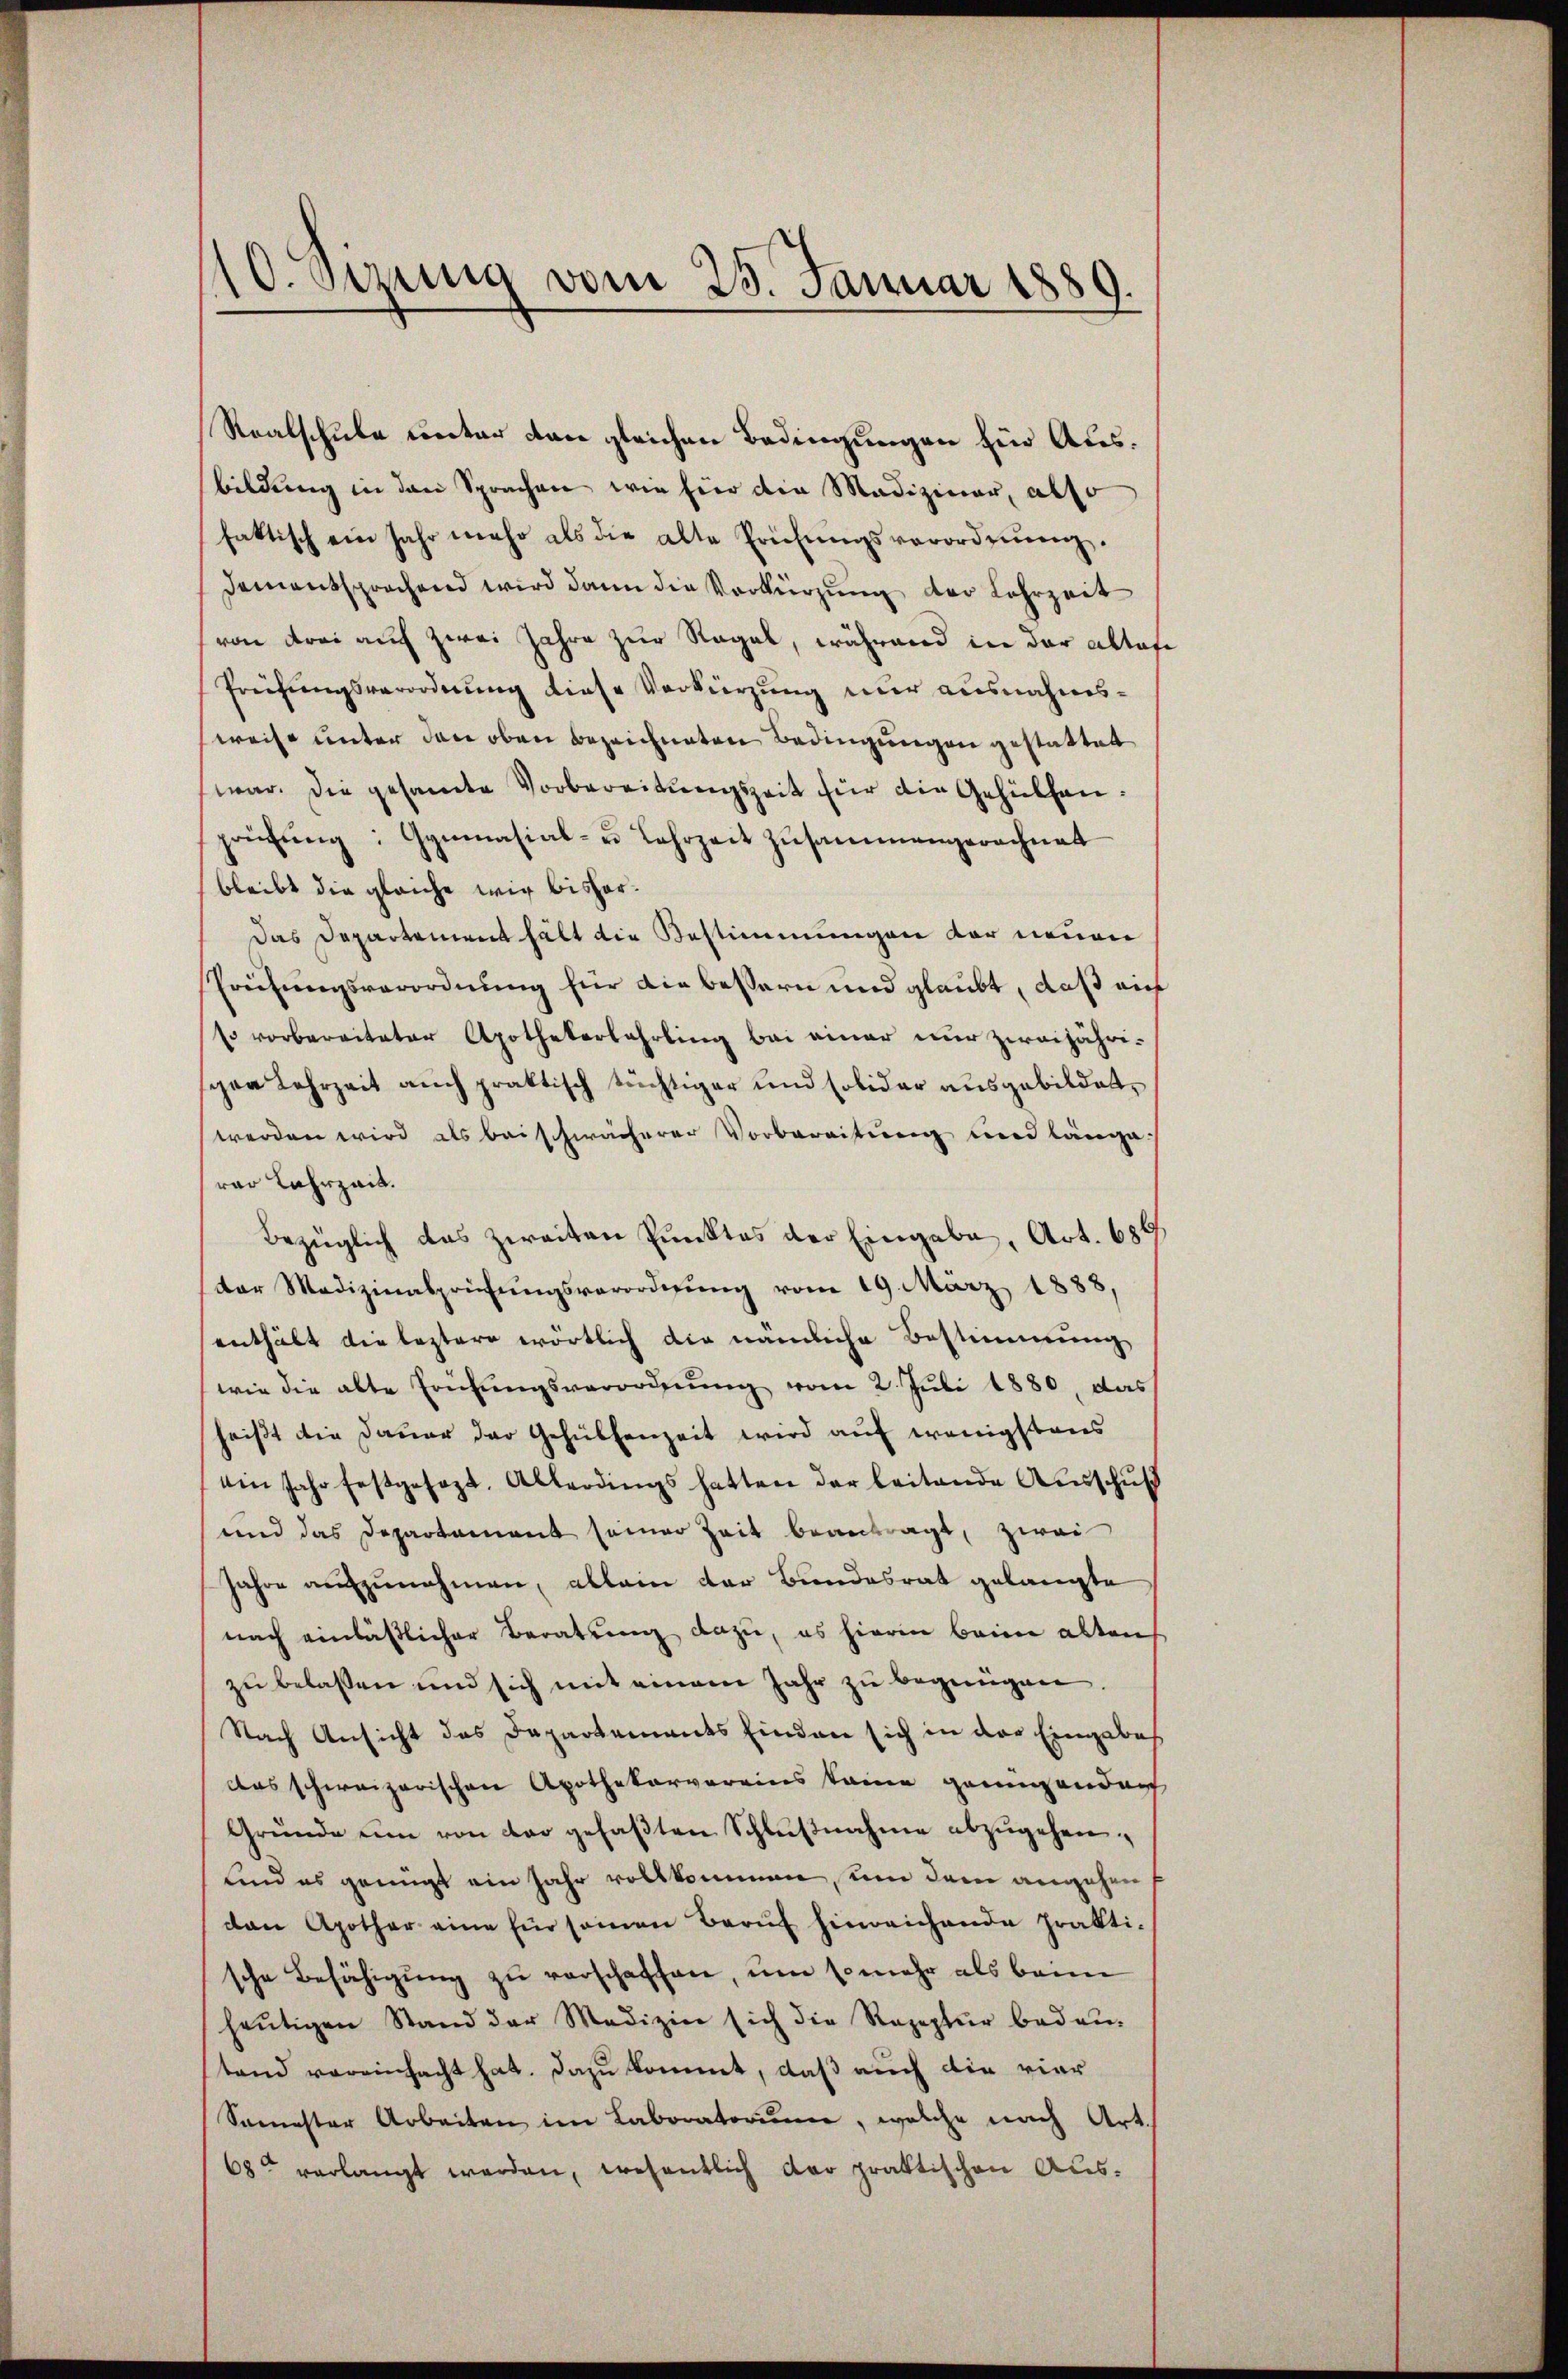
10. bezung vom 25. Januar 1889.

Realschule unter den gleichen Bedingungen Ein Ausbildung in den Sprachen wie hier die Mediziner, also
faktisch ein Jahr mehr als die alte Prüfungsverordnung.
Dementsprochend wird dann die Verkürzung der Lehrzeit
von drei auf zwei Jahre zur Regel, während in der altafe
Prüfŭngsverordnung diese Verkürzung nur ausnahms-
weise unter den oben bezeichneten Bedingungen gestattet
war. Die gesamte Vorbereitŭngszeit für die Gehülfenprüfŭng: Gymnasial- u Lehrzeit zŭsammengerechnet
bleibt die gleiche wie bisher¬
Das Departement hält die Bestimmungen der neuen
Preisungsverordnung für die bessern und glaubt, daß eich
so vorbereiteter Apothekerlehrling bei einer nur zweijähri-
gen Lehrzeit auch praktisch tüchtiger und solidar ausgebildet,
werden wird als beischwächerer Vorbereitung und länge.
rer Lahrzeit.
Bezüglich das zweiten Punktes der Eingabe, Art. 686
der Medizinalprüfŭngsverordnŭng vom 19. März 1888,
enthält die leztere wörtlich die nämliche Bestimmung
(wie die alte Erübungsverordnung vom 2. Juli 1880, das
heißt die Dauer der Gehülfenzeit wird auf wenigstens
ein Jahr festgesezt. Allerdings hatten der beitende Ausschuß
und das Departement seiner Zeit beantragt, zwei
Jahre aufzunehmen, allein der Bundesrat gelangte
nach einläßlicher Beratung dazu, es hierin beim altens
zu belassen und sich mit einem Jahr zu begnügen.
Nach Ansicht das Departements finden sich in der Eingabes
das schweizerischen Apothekarvereins keine genügenden
Gründe um von der gefaβten Schlŭβnahme abzŭgehen.
Kind es genügt ein Jahr vollkommen, um dem angehen
dan Apother eine für seien Beruf hinreichende Prakti-
sche Befähigŭng zŭ verschaffen, um so mehr als beim
heŭtigen Stand der Medizin sich die Rezeptur bedeu-
stand vereinfacht hat. Dazu kommt, daß auch die vier
Semester Arbeiten im Laboratorium, welche nach Art.
68t verlangt werden, wesentlich der praktischen Aus¬